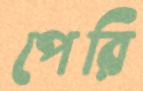
পেরি